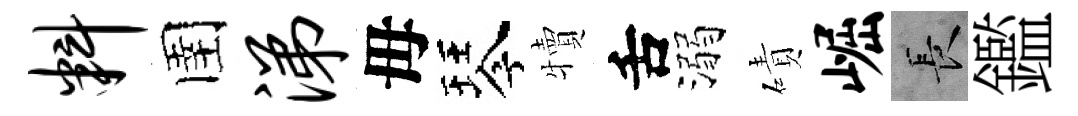
料圉涕母琴犢舌溺磧崛长鑑